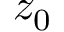
z _ { 0 }